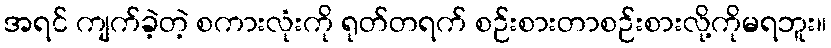
အရင် ကျက်ခဲ့တဲ့ စကားလုံးကို ရုတ်တရက် စဉ်းစားတာစဉ်းစားလို့ကိုမရဘူး။